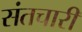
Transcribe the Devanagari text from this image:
संतचारी